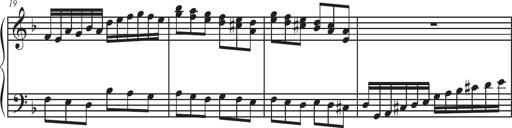
Title: Sonatina Espania
Composer: Jerald Franklin Archer
Key: Various